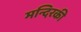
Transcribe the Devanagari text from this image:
मन्दिरकी